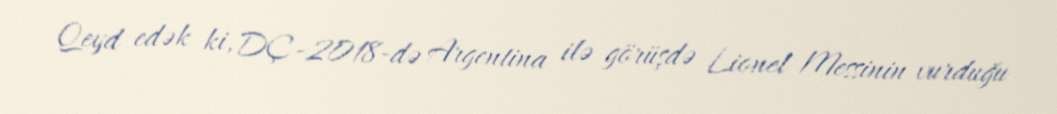
Qeyd edək ki, DÇ-2018-də Argentina ilə görüşdə Lionel Messinin vurduğu